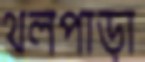
থলপাড়া